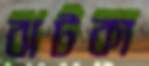
ঝটকা